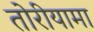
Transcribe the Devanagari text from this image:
तोरीयामा